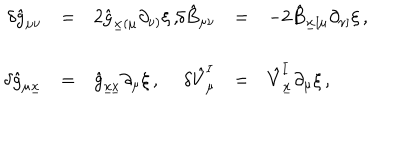
\begin{array} { r c l r c l } { { \delta \hat { g } _ { \mu \nu } } } & { { = } } & { { 2 \hat { g } _ { \underline { { { x } } } ( \mu } \partial _ { \nu ) } \xi \, , \hspace { 1 . 2 c m } } } & { { \delta \hat { B } _ { \mu \nu } } } & { { = } } & { { - 2 \hat { B } _ { \underline { { { x } } } [ \mu } \partial _ { \nu ] } \xi \, , } } \\ { { } } & { { } } & { { } } & { { } } & { { } } & { { } } \\ { { \delta \hat { g } _ { \mu \underline { { { x } } } } } } & { { = } } & { { \hat { g } _ { \underline { { { x x } } } } \partial _ { \mu } \xi \, , } } & { { \delta \hat { V } _ { \mu } ^ { I } } } & { { = } } & { { \hat { V } _ { \underline { { { x } } } } ^ { I } \partial _ { \mu } \xi \, , } } \\ \end{array}